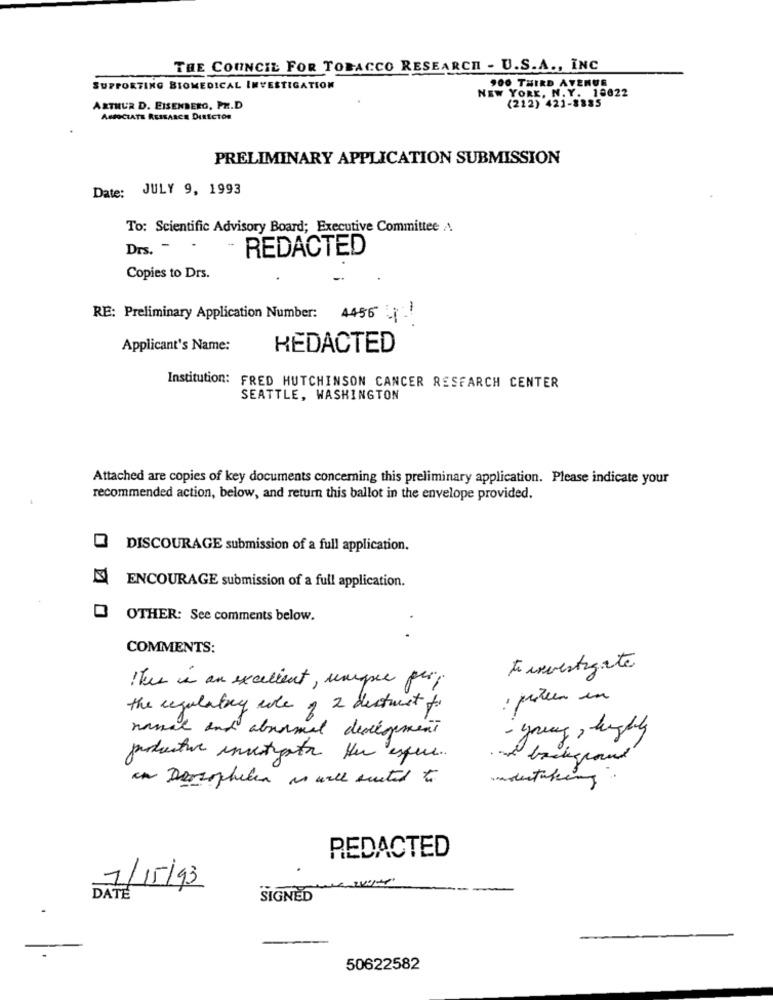
THE COUNCIL FOR TOBACCO RESEARCH - U.S.A ., INC
900 THIRD AVENUE
SUPPORTING BIOMEDICAL INVESTIGATION
NEW YORK, N. Y. 18022
(212) 421-8885
ARTHUR D. EISENBERG, PH.D
ASSOCIATE RESEARCH DIRECTOR
PRELIMINARY APPLICATION SUBMISSION
Date: JULY 9, 1993
To: Scientific Advisory Board; Executive Committee A.
Drs. - -
-
REDACTED
Copies to Drs.
RE: Preliminary Application Number: 4456 41
Applicant's Name:
KEDACTED
Institution: FRED HUTCHINSON CANCER RESEARCH CENTER
SEATTLE, WASHINGTON
Attached are copies of key documents concerning this preliminary application. Please indicate your
recommended action, below, and return this ballot in the envelope provided.
0
DISCOURAGE submission of a full application.
ENCOURAGE submission of a full application.
OTHER: See comments below.
.
COMMENTS:
toinvestigate
This is an excellent, umpe per;
: przeen un
the regulatory cole o 2 dectrest to
namal and abnormal development
- young, highly
productive investigator Her esque.
an Derophalen as well suited to
REDACTED
7/15/93
DATE
SIGNED
50622582